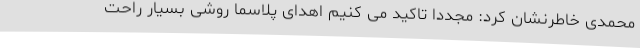
محمدی خاطرنشان کرد: مجدداً تاکید می کنیم اهدای پلاسما روشی بسیار راحت